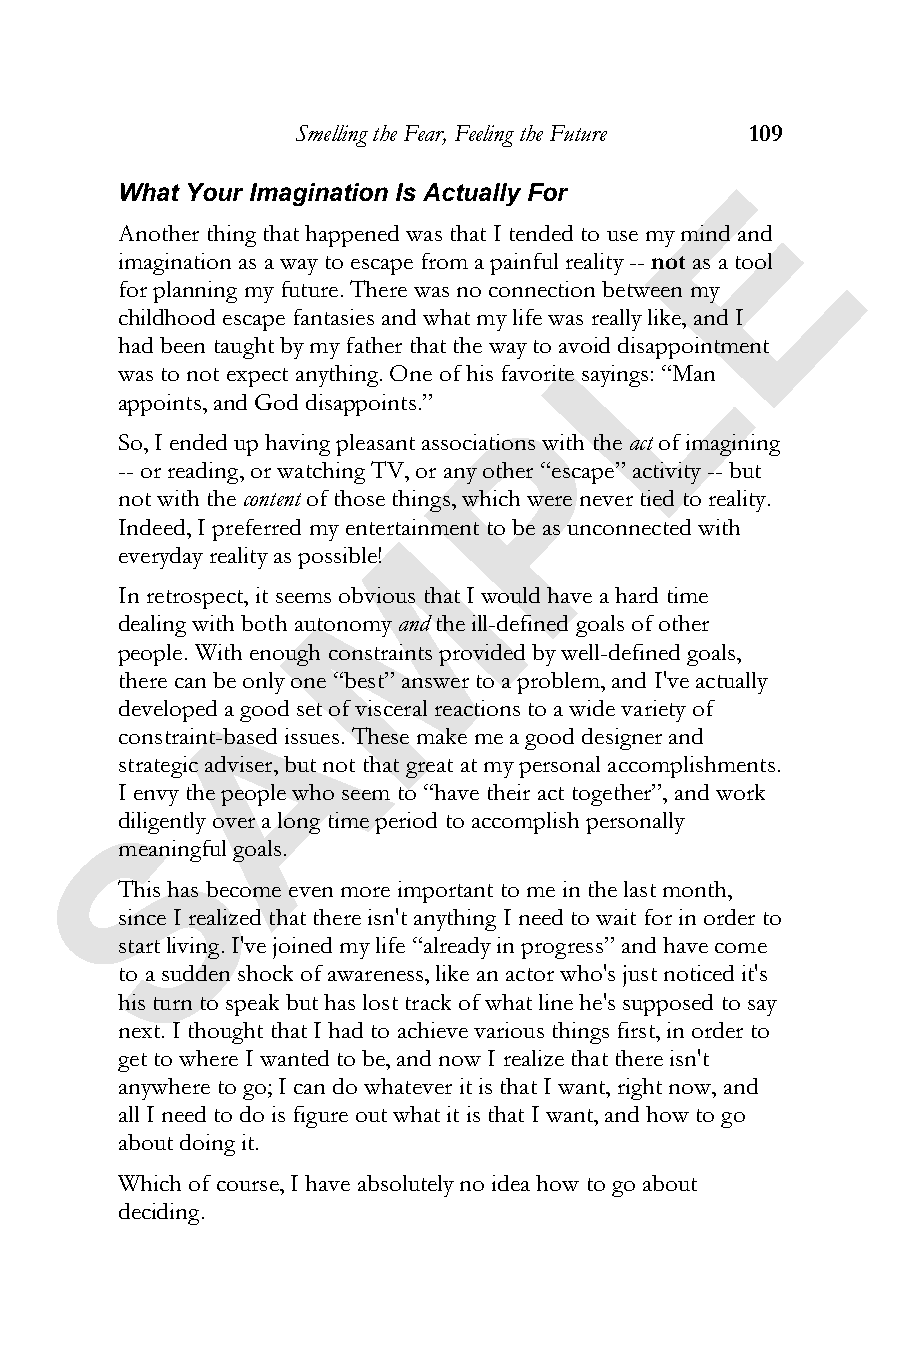
Smelling the Fear, Feeling the Future 109
 E
 What Your Imagination Is Actually For
 Another thing that happened was that I tended to use my mind and
 imagination as a way to escape from a painful reality --not as a tool
 for planning my future. There was no connection between my
 L
 childhood escape fantasies and what my life was really like, and I
 had been taught by my father that the way to avoid disappointment
 was to not expect anything. One of his favorite sayings: “Man
 appoints, and God disappoints.” P
 So, I ended up having pleasant associations with theact of imagining
 -- or reading, or watching TV, or any other “escape” activity -- but
 not with thecontent of those things, which were never tied to reality.
 Indeed, I preferred my entertMainment to be as unconnected with
 everyday reality as possible!
 In retrospect, it seems obvious that I would have a hard time
 dealing with both autonomyandthe ill-defined goals of other
 people. With enough constraints provided by well-defined goals,
 there can be oAnly one “best” answer to a problem, and I've actually
 developed a good set of visceral reactions to a wide variety of
 constraint-based issues. These make me a good designer and
 strategic adviser, but not that great at my personal accomplishments.
 I envy the people who seem to “have their act together”, and work
 S
 diligently over a long time period to accomplish personally
 meaningful goals.
 This has become even more important to me in the last month,
 since I realized that there isn't anything I need to wait for in order to
 start living. I've joined my life “already in progress” and have come
 to a sudden shock of awareness, like an actor who's just noticed it's
 his turn to speak but has lost track of what line he's supposed to say
 next. I thought that I had to achieve various things first, in order to
 get to where I wanted to be, and now I realize that there isn't
 anywhere to go; I can do whatever it is that I want, right now, and
 all I need to do is figure out what it is that I want, and how to go
 about doing it.
 Which of course, I have absolutely no idea how to go about
 deciding.